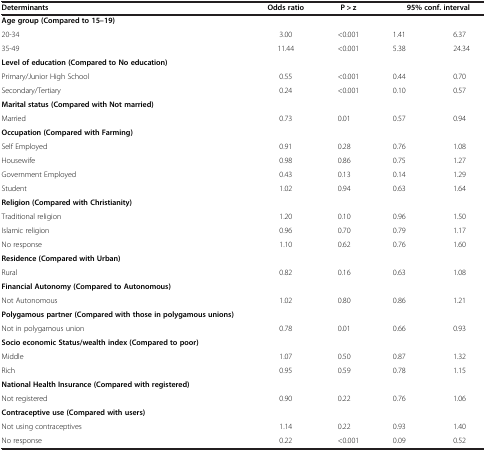
<table><thead><tr><td><b>Determinants</b></td><td><b>Odds ratio</b></td><td><b> P &gt; z</b></td><td colspan="2"><b>95% conf. interval</b></td></tr></thead><tbody><tr><td><b>Age group (Compared to 15–19)</b></td><td> </td><td> </td><td> </td><td> </td></tr><tr><td>20-34</td><td>3.00</td><td>&lt;0.001</td><td>1.41</td><td>6.37</td></tr><tr><td>35-49</td><td>11.44</td><td>&lt;0.001</td><td>5.38</td><td>24.34</td></tr><tr><td><b>Level of education (Compared to No education)</b></td><td> </td><td> </td><td> </td><td> </td></tr><tr><td>Primary/Junior High School</td><td>0.55</td><td>&lt;0.001</td><td>0.44</td><td>0.70</td></tr><tr><td>Secondary/Tertiary</td><td>0.24</td><td>&lt;0.001</td><td>0.10</td><td>0.57</td></tr><tr><td><b>Marital status (Compared with Not married)</b></td><td> </td><td> </td><td> </td><td> </td></tr><tr><td>Married</td><td>0.73</td><td>0.01</td><td>0.57</td><td>0.94</td></tr><tr><td><b>Occupation (Compared with Farming)</b></td><td> </td><td> </td><td> </td><td> </td></tr><tr><td>Self Employed</td><td>0.91</td><td>0.28</td><td>0.76</td><td>1.08</td></tr><tr><td>Housewife</td><td>0.98</td><td>0.86</td><td>0.75</td><td>1.27</td></tr><tr><td>Government Employed</td><td>0.43</td><td>0.13</td><td>0.14</td><td>1.29</td></tr><tr><td>Student</td><td>1.02</td><td>0.94</td><td>0.63</td><td>1.64</td></tr><tr><td><b>Religion (Compared with Christianity)</b></td><td> </td><td> </td><td> </td><td> </td></tr><tr><td>Traditional religion</td><td>1.20</td><td>0.10</td><td>0.96</td><td>1.50</td></tr><tr><td>Islamic religion</td><td>0.96</td><td>0.70</td><td>0.79</td><td>1.17</td></tr><tr><td>No response</td><td>1.10</td><td>0.62</td><td>0.76</td><td>1.60</td></tr><tr><td><b>Residence (Compared with Urban)</b></td><td> </td><td> </td><td> </td><td> </td></tr><tr><td>Rural</td><td>0.82</td><td>0.16</td><td>0.63</td><td>1.08</td></tr><tr><td><b>Financial Autonomy (Compared to Autonomous)</b></td><td> </td><td> </td><td> </td><td> </td></tr><tr><td>Not Autonomous</td><td>1.02</td><td>0.80</td><td>0.86</td><td>1.21</td></tr><tr><td><b>Polygamous partner (Compared with those in polygamous unions)</b></td><td> </td><td> </td><td> </td><td> </td></tr><tr><td>Not in polygamous union</td><td>0.78</td><td>0.01</td><td>0.66</td><td>0.93</td></tr><tr><td><b>Socio economic Status/wealth index (Compared to poor)</b></td><td> </td><td> </td><td> </td><td> </td></tr><tr><td>Middle</td><td>1.07</td><td>0.50</td><td>0.87</td><td>1.32</td></tr><tr><td>Rich</td><td>0.95</td><td>0.59</td><td>0.78</td><td>1.15</td></tr><tr><td><b>National Health Insurance (Compared with registered)</b></td><td> </td><td> </td><td> </td><td> </td></tr><tr><td>Not registered</td><td>0.90</td><td>0.22</td><td>0.76</td><td>1.06</td></tr><tr><td><b>Contraceptive use (Compared with users)</b></td><td> </td><td> </td><td> </td><td> </td></tr><tr><td>Not using contraceptives</td><td>1.14</td><td>0.22</td><td>0.93</td><td>1.40</td></tr><tr><td>No response</td><td>0.22</td><td>&lt;0.001</td><td>0.09</td><td>0.52</td></tr></tbody></table>